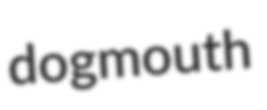
dogmouth